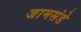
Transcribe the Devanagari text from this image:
जामसंडे